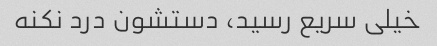
خیلی سریع رسید، دستشون درد نکنه